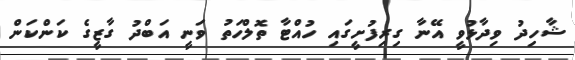
ޝާހިދު ވިދާޅުވީ އޭނާ ގިރިފުށީގައި ހުއްޓާ ތޮލްހަތު ވަނީ އަބްދު ގާޒީގެ ކަންކަން